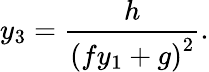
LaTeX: y_{3}=\frac{h}{\left(fy_{1}+g\right)^{2}}.